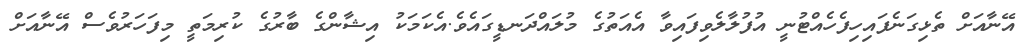
އޭނާއަށް ތެޅިގަނެފައިހިފެހެއްޓުނީ އުފުލާލެވިފައިވާ އެއަތުގެ މުލައްދަނޑީގައެވެ.އެކަމަކު އިޝާންގެ ބާރުގެ ކުރިމަތީ މިފަހަރުވެސް އޭނާއަށް